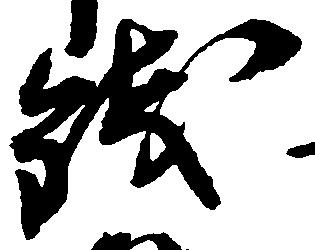
銭